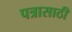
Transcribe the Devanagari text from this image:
पत्रासाठी